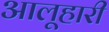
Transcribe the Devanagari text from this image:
आलूहारी